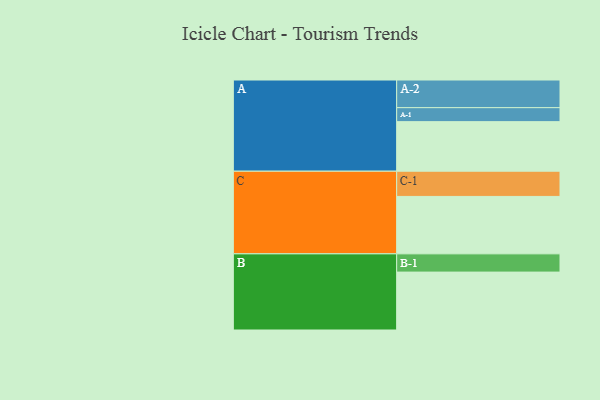
{"axis": {"x": "Segment", "y": "Value"}, "legend": ["", "A", "B", "C"], "data": [{"x": "A", "y": 405, "type": ""}, {"x": "B", "y": 473, "type": ""}, {"x": "C", "y": 469, "type": ""}, {"x": "A-1", "y": 114, "type": "A"}, {"x": "A-2", "y": 226, "type": "A"}, {"x": "B-1", "y": 149, "type": "B"}, {"x": "C-1", "y": 206, "type": "C"}]}